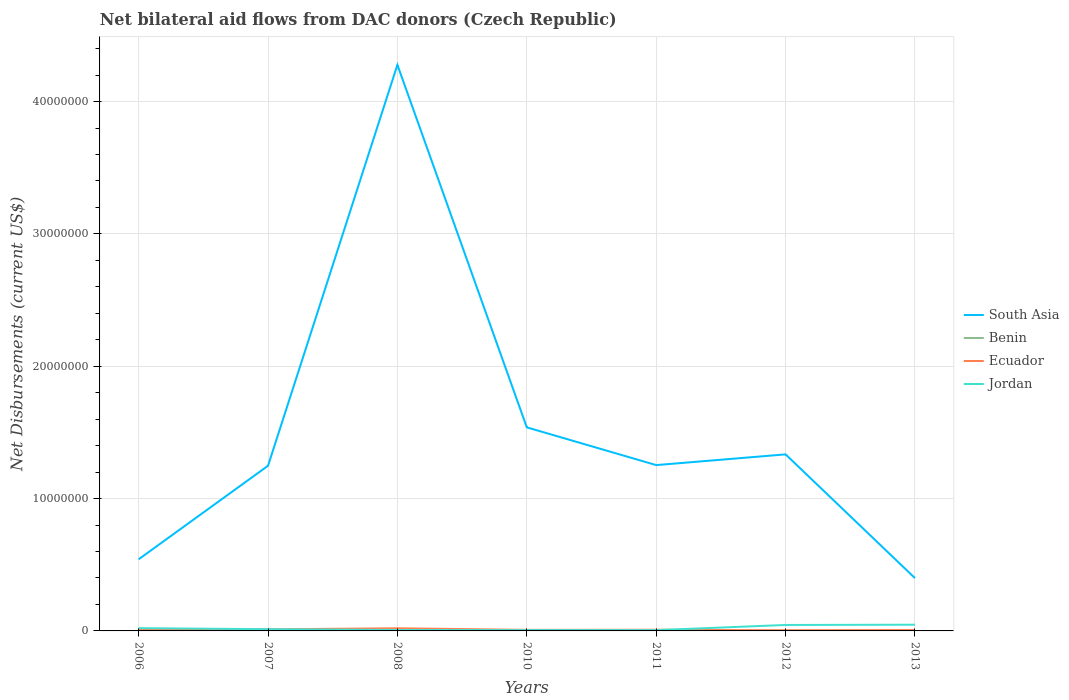
| Years | South Asia | Benin | Ecuador | Jordan |
 | --- | --- | --- | --- | --- |
 | 2006 | 5.41e+06 | 1e+04 | 1.1e+05 | 2.1e+05 |
 | 2007 | 1.25e+07 | 1e+04 | 1.2e+05 | 1.3e+05 |
 | 2008 | 4.28e+07 | 4e+04 | 2e+05 | 7e+04 |
 | 2010 | 1.54e+07 | 2e+04 | 8e+04 | 6e+04 |
 | 2011 | 1.25e+07 | 2e+04 | 9e+04 | 6e+04 |
 | 2012 | 1.33e+07 | 2e+04 | 5e+04 | 4.5e+05 |
 | 2013 | 3.99e+06 | 3e+04 | 7e+04 | 4.7e+05 |